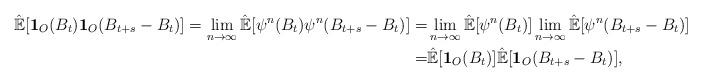
LaTeX: \begin{align*}\mathbb{\hat{E}}[\mathbf{1}_O(B_t)\mathbf{1}_O(B_{t+s}-B_t)]=\lim\limits_{n\rightarrow\infty}\mathbb{\hat{E}}[\psi^n(B_t)\psi^n(B_{t+s}-B_t)]=&\lim\limits_{n\rightarrow\infty}\mathbb{\hat{E}}[\psi^n(B_t)]\lim\limits_{n\rightarrow\infty}\mathbb{\hat{E}}[\psi^n(B_{t+s}-B_t)]\\=&\mathbb{\hat{E}}[\mathbf{1}_O(B_t)]\mathbb{\hat{E}}[\mathbf{1}_O(B_{t+s}-B_t)],\end{align*}